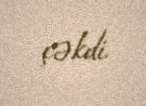
çəkdi.